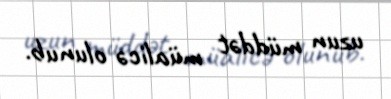
uzun müddət müalicə olunub.